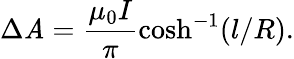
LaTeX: \Delta\mathit{A}=\frac{{\mu_{0}I}}{{\pi}}\cosh^{-1}(l/R).